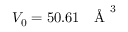
V _ { 0 } = 5 0 . 6 1 \ \mathrm { ~ \normalfont ~ \AA ~ } ^ { 3 }